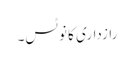
رازداری کا نوٹس۔